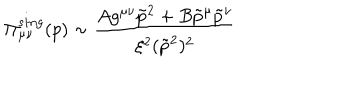
\Pi _ { \mu \nu } ^ { s i n g } ( p ) \sim \frac { A g ^ { \mu \nu } \tilde { p } ^ { 2 } + B \tilde { p } ^ { \mu } \tilde { p } ^ { \nu } } { \xi ^ { 2 } ( \tilde { p } ^ { 2 } ) ^ { 2 } }